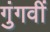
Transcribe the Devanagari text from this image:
गुंगवीं